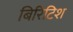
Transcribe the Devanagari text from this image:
बिरिटिश